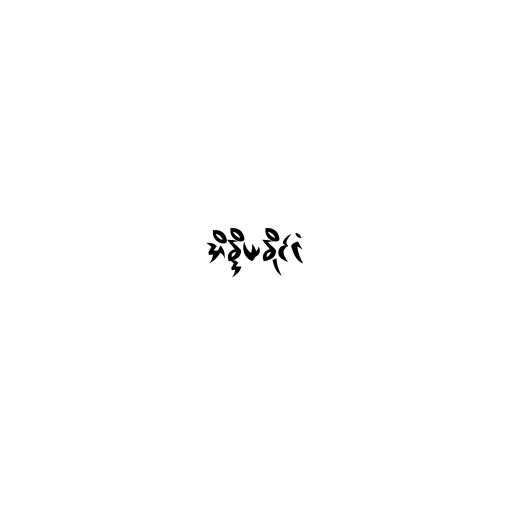
အိန္ဒိယနိုင်ငံ